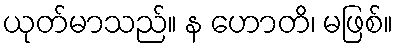
ယုတ်မာသည်။ န ဟောတိ၊ မဖြစ်။